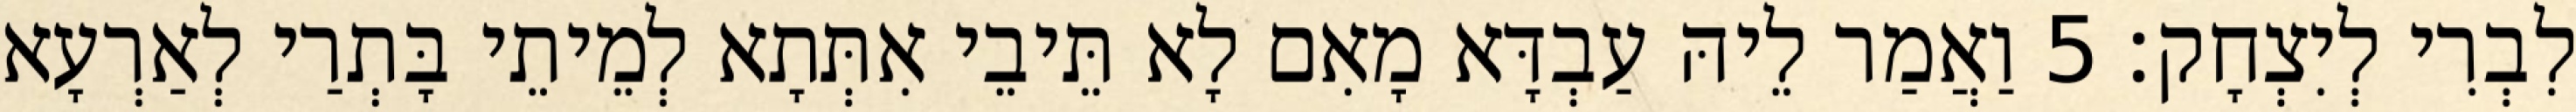
לִבְרִי לְיִצְחָק׃ 5 וַאֲמַר לֵיהּ עַבְדָּא מָאִם לָא תֵּיבֵי אִתְּתָא לְמֵיתֵי בָּתְרַי לְאַרְעָא